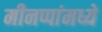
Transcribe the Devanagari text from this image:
मीनप्पांमध्ये